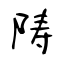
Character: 陦